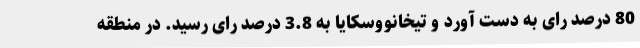
80 درصد رای به دست آورد و تیخانووسکایا به 3.8 درصد رای رسید. در منطقه